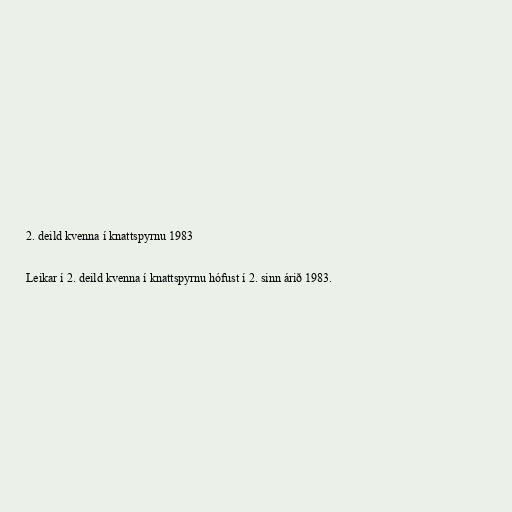
2. deild kvenna í knattspyrnu 1983

Leikar í 2. deild kvenna í knattspyrnu hófust í 2. sinn árið 1983.